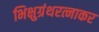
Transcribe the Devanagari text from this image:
भिक्षुग्रंथरत्नाकर